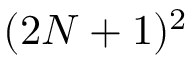
( 2 N + 1 ) ^ { 2 }